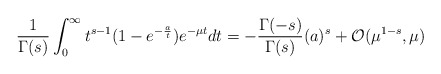
\begin{align*}{1\over{\Gamma(s)}}\int_0^{\infty} t^{s-1}(1 - e^{-{a\over t}}) e^{-\mu t} dt= -{{\Gamma(-s)}\over {\Gamma(s)}} ({a})^{s} + {\cal O} (\mu^{1-s},\mu)\end{align*}